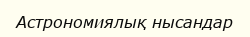
Астрономиялық нысандар